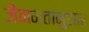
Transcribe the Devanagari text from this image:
जैनमतानुसार